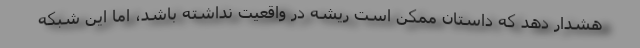
هشدار دهد که داستان ممکن است ریشه در واقعیت نداشته باشد، اما این شبکه